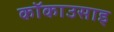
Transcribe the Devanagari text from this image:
कॉकाउसाइ